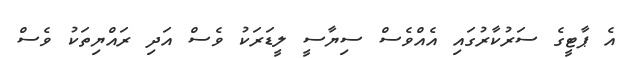
އެ ޕާޓީގެ ސަރުކާރުގައި އެއްވެސް ސިޔާސީ ލީޑަރަކު ވެސް އަދި ރައްޔިތަކު ވެސް